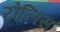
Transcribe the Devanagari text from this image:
रोलिस